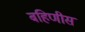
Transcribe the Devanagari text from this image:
बहिणीस